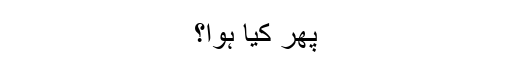
پھر کیا ہوا؟